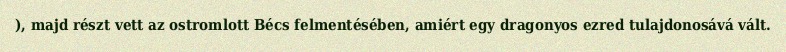
), majd részt vett az ostromlott Bécs felmentésében, amiért egy dragonyos ezred tulajdonosává vált.